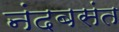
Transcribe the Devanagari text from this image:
नंदबसंत